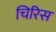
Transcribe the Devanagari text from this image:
चिरिस